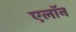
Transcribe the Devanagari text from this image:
एलाॅन